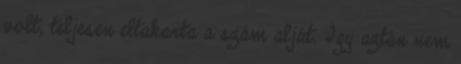
volt, teljesen eltakarta a szám alját. Így aztán nem